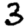
Digit: 3